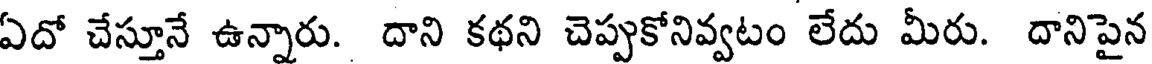
ఏదో చేస్తూనే ఉన్నారు. దాని కథని చెప్పుకోనివ్వటం లేదు మీరు. దానిపైన